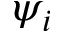
\psi _ { i }